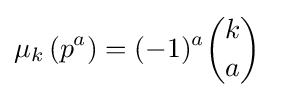
\mu _{k}\left(p^{a}\right)=(-1)^{a}{\binom {k}{a}}\